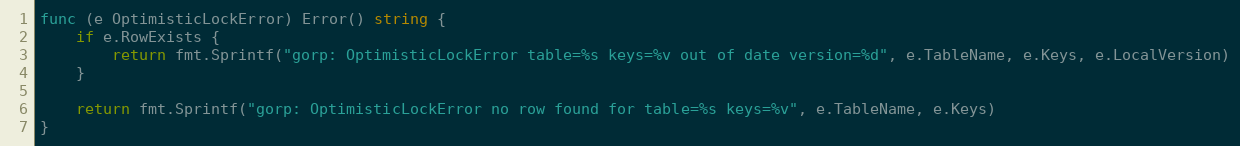
Language: Go
func (e OptimisticLockError) Error() string {
	if e.RowExists {
		return fmt.Sprintf("gorp: OptimisticLockError table=%s keys=%v out of date version=%d", e.TableName, e.Keys, e.LocalVersion)
	}

	return fmt.Sprintf("gorp: OptimisticLockError no row found for table=%s keys=%v", e.TableName, e.Keys)
}